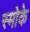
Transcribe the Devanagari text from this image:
स्मोके